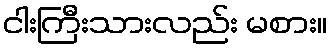
ငါးကြီးသားလည်း မစား။